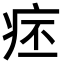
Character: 𤵛